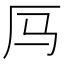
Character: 𪠃